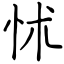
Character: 怵